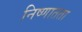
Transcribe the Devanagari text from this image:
निष्णातता